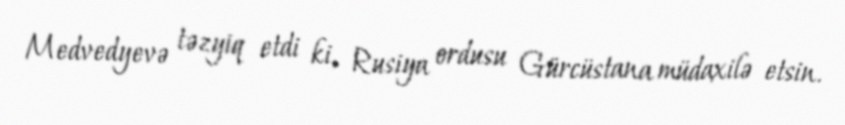
Medvedyevə təzyiq etdi ki, Rusiya ordusu Gürcüstana müdaxilə etsin.